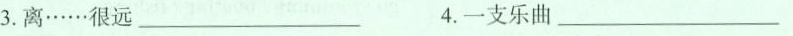
3.离……很远 ___ 4.一支乐曲___ 篇